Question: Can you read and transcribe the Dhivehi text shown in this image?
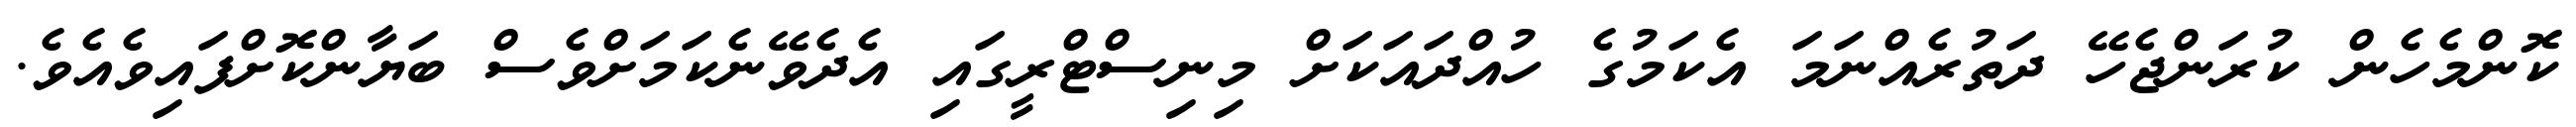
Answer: ކޮންމެހެން ކުރަންޖެހޭ ދަތުރެއްނަމަ އެކަމުގެ ހުއްދައަކަށް މިނިސްޓްރީގައި އެދެވޭނެކަމަށްވެސް ބަޔާންކޮށްފައިވެއެވެ.